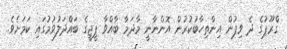
ގްރޫޕުގެ ދެ ވިޕުން އިންތިހާބުކުރުން އޮންނާނީ މާދަމާ ބާއްވާ ޕީޖީގެ ބައްދަލުވުމުގައި ކަމަށެވެ.